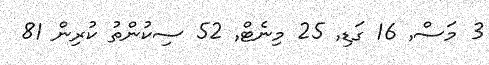
3 މަސް